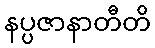
နပ္ပဇာနာတီတိ